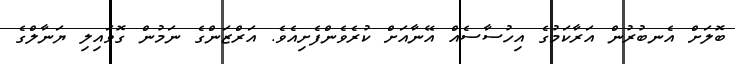
ބޮލަށް އެނބުރުން އަރާކަމުގެ އިހުސާސެއް އޭނާއަށް ކުރެވެންފެށިއެވެ. އަރްޒަންގެ ނަމުން ގޮވައިލި ޔަނާލްގެ